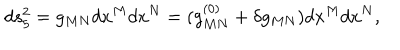
d s _ { 5 } ^ { 2 } = g _ { M N } d x ^ { M } d x ^ { N } = ( g _ { M N } ^ { ( 0 ) } + \delta g _ { M N } ) d x ^ { M } d x ^ { N } ,